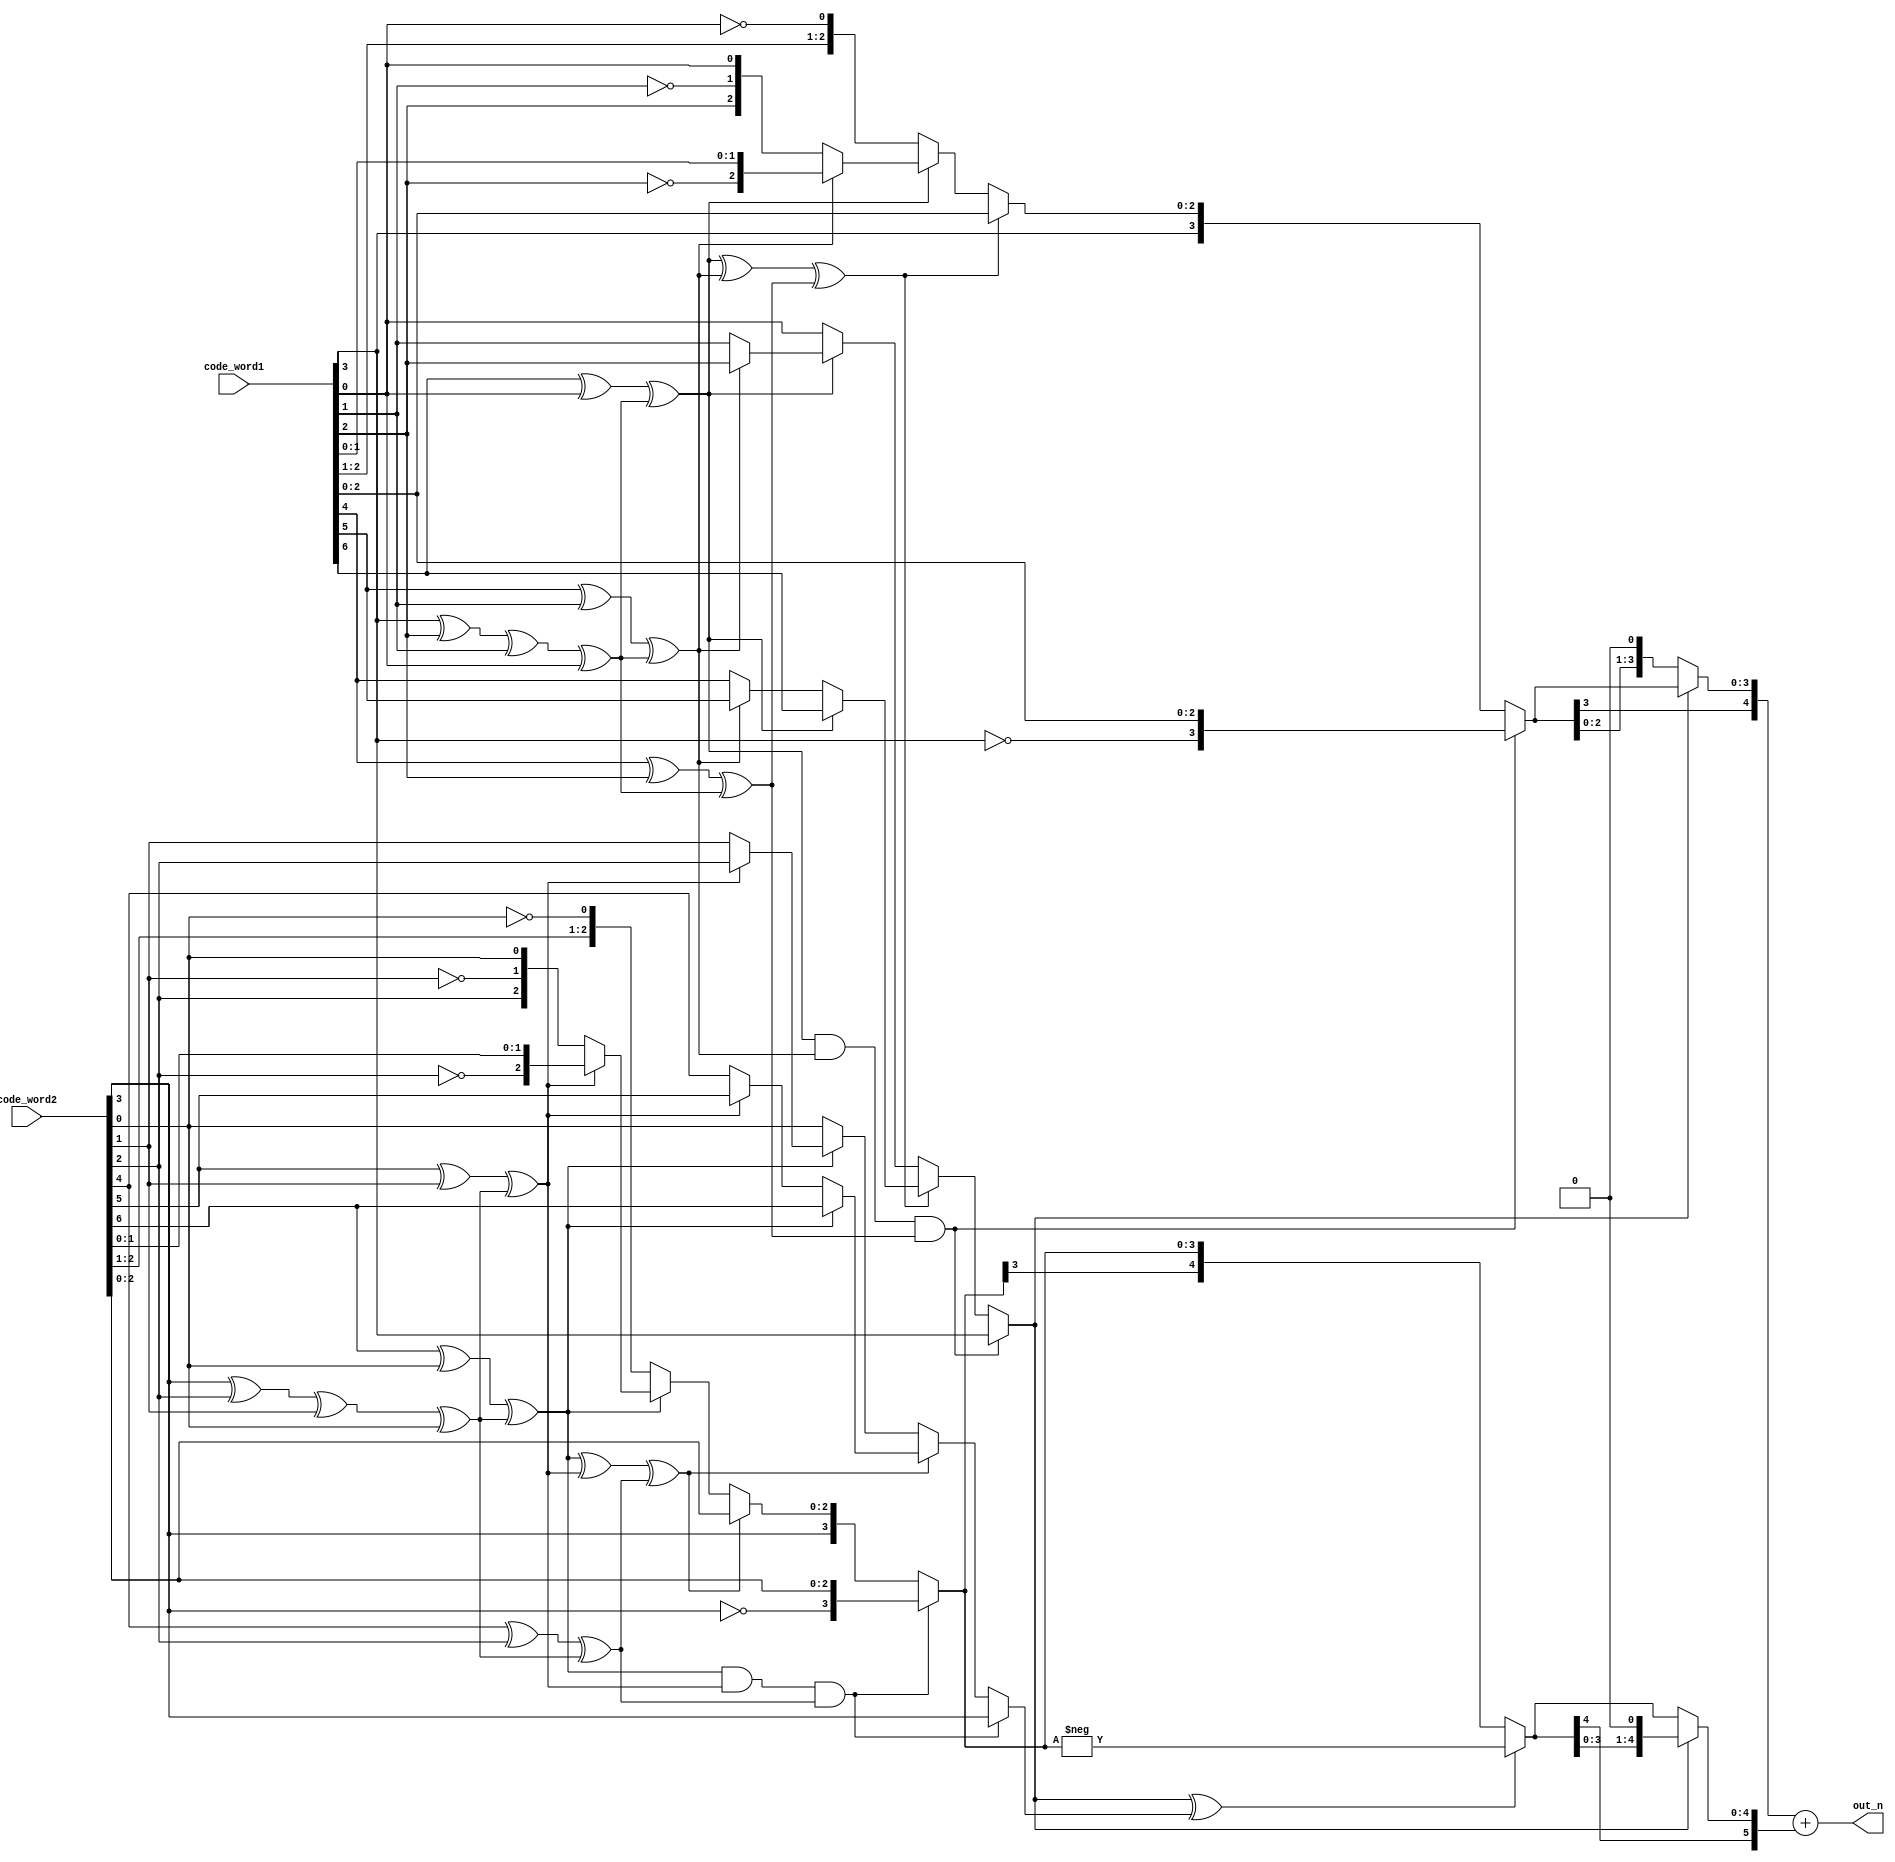
module HD(
	code_word1,
	code_word2,
	out_n
);
input  [6:0]code_word1, code_word2;
output reg signed[5:0] out_n;

wire temp1, temp2, temp3;
wire temp4, temp5, temp6;

reg code_word1_errorbit;
reg code_word2_errorbit;
reg signed [3:0] c1;
reg signed [3:0] c2;

wire signed [4:0] neg_c2 ;
wire signed [4:0] cc1;
wire signed [5:0] cc2;

// xor(temp1, code_word1[6], code_word1[3], code_word1[2], code_word1[1]);
// xor(temp2, code_word1[5], code_word1[3], code_word1[2], code_word1[0]);
// xor(temp3, code_word1[4], code_word1[3], code_word1[1], code_word1[0]);
// xor(temp4, code_word2[6], code_word2[3], code_word2[2], code_word2[1]);
// xor(temp5, code_word2[5], code_word2[3], code_word2[2], code_word2[0]);
// xor(temp6, code_word2[4], code_word2[3], code_word2[1], code_word2[0]);

wire a, b;
assign a = code_word1[3] ^ code_word1[2] ^ code_word1[1] ^code_word1[0];
assign b = code_word2[3] ^ code_word2[2] ^ code_word2[1] ^code_word2[0];

assign temp1 = code_word1[6] ^ code_word1[0] ^ a;
assign temp2 = code_word1[5] ^ code_word1[1] ^ a;
assign temp3 = code_word1[4] ^ code_word1[2] ^ a;
assign temp4 = code_word2[6] ^ code_word2[0] ^ b;
assign temp5 = code_word2[5] ^ code_word2[1] ^ b;
assign temp6 = code_word2[4] ^ code_word2[2] ^ b;

// assign temp1 = (code_word1[6] ^ code_word1[3]) ^ (code_word1[2] ^ code_word1[1]);
// assign temp2 = (code_word1[5] ^ code_word1[3]) ^ (code_word1[2] ^ code_word1[0]);
// assign temp3 = (code_word1[4] ^ code_word1[3]) ^ (code_word1[1] ^ code_word1[0]);
// assign temp4 = (code_word2[6] ^ code_word2[3]) ^ (code_word2[2] ^ code_word2[1]);
// assign temp5 = (code_word2[5] ^ code_word2[3]) ^ (code_word2[2] ^ code_word2[0]);
// assign temp6 = (code_word2[4] ^ code_word2[3]) ^ (code_word2[1] ^ code_word2[0]);

// wire and_1, and_2, xor_1, xor_2;
// assign and_1 = temp1 & temp2 & temp3;
// assign and_2 = temp4 & temp5 & temp6;
// assign xor_1 = temp1 ^ temp2 ^ temp3;
// assign xor_2 = temp4 ^ temp5 ^ temp6;

always @(*) begin
	// if(and_1)begin
	if(temp1 & temp2 & temp3)begin
		code_word1_errorbit = code_word1[3];
	// end else if (xor_1) begin
	end else if (temp1 ^ temp2 ^ temp3) begin
		if(temp1)begin
			code_word1_errorbit = code_word1[6];
		end else if (temp2)begin
			code_word1_errorbit = code_word1[5];
		end else begin
			code_word1_errorbit = code_word1[4];
		end
	end else if(!temp1)begin
		code_word1_errorbit = code_word1[0];
	end else if (!temp2) begin
		code_word1_errorbit = code_word1[1];
	end else begin
		code_word1_errorbit = code_word1[2];
	end
	// case ({temp1,temp2,temp3})
	// 	3'b011: begin
	// 		code_word1_errorbit = code_word1[0];
	// 	end
	// 	3'b101: begin
	// 		code_word1_errorbit = code_word1[1];
	// 	end
	// 	3'b110: begin
	// 		code_word1_errorbit = code_word1[2];
	// 	end
	// 	3'b111: begin
	// 		code_word1_errorbit = code_word1[3];
	// 	end
	// 	3'b001: begin
	// 		code_word1_errorbit = code_word1[4];
	// 	end
	// 	3'b010: begin
	// 		code_word1_errorbit = code_word1[5];
	// 	end
	// 	default: begin
	// 		code_word1_errorbit = code_word1[6];
	// 	end
	// endcase
end

always @(*) begin
	// if(and_1)begin
	if(temp1 & temp2 & temp3)begin
		c1 = {~code_word1[3],code_word1[2:0]};
	// end else if (xor_1) begin
	end else if (temp1 ^ temp2 ^ temp3) begin
		c1 = {code_word1[3:0]};
	end else if(!temp1)begin
		c1 = {code_word1[3:1],~code_word1[0]};
	end else if (!temp2) begin
		c1 = {code_word1[3:2],~code_word1[1],code_word1[0]};
	end else begin
		c1 = {code_word1[3],~code_word1[2],code_word1[1:0]};
	end
	// case ({temp1,temp2,temp3})
	// 	3'b011: begin
	// 		c1 = {code_word1[3:1],~code_word1[0]};
	// 	end
	// 	3'b101: begin
	// 		c1 = {code_word1[3:2],~code_word1[1],code_word1[0]};
	// 	end
	// 	3'b110: begin
	// 		c1 = {code_word1[3],~code_word1[2],code_word1[1:0]};
	// 	end
	// 	3'b111: begin
	// 		c1 = {~code_word1[3],code_word1[2:0]};
	// 	end
	// 	default:begin
	// 		c1 = {code_word1[3:0]};
	// 	end
	// endcase
end

always @(*) begin
	// if(and_2)begin
	if(temp4 & temp5 & temp6)begin
		code_word2_errorbit = code_word2[3];
	// end else if (xor_2) begin
	end else if (temp4 ^ temp5 ^ temp6) begin
		if(temp4)begin
			code_word2_errorbit = code_word2[6];
		end else if (temp5)begin
			code_word2_errorbit = code_word2[5];
		end else begin
			code_word2_errorbit = code_word2[4];
		end
	end else if(!temp4)begin
		code_word2_errorbit = code_word2[0];
	end else if (!temp5) begin
		code_word2_errorbit = code_word2[1];
	end else begin
		code_word2_errorbit = code_word2[2];
	end
	// case ({temp4,temp5,temp6})
	// 	3'b011: begin
	// 		code_word2_errorbit = code_word2[0];
	// 	end
	// 	3'b101: begin
	// 		code_word2_errorbit = code_word2[1];
	// 	end
	// 	3'b110: begin
	// 		code_word2_errorbit = code_word2[2];
	// 	end
	// 	3'b111: begin
	// 		code_word2_errorbit = code_word2[3];
	// 	end
	// 	3'b001: begin
	// 		code_word2_errorbit = code_word2[4];
	// 	end
	// 	3'b010: begin
	// 		code_word2_errorbit = code_word2[5];
	// 	end
	// 	default: begin
	// 		code_word2_errorbit = code_word2[6];
	// 	end
	// endcase
end

always @(*) begin
	// if(and_2)begin
	if(temp4 & temp5 & temp6)begin
		c2 = {~code_word2[3],code_word2[2:0]};
	// end else if (xor_2) begin
	end else if (temp4 ^ temp5 ^ temp6) begin
		c2 = {code_word2[3:0]};
	end else if(!temp4)begin
		c2 = {code_word2[3:1],~code_word2[0]};
	end else if (!temp5) begin
		c2 = {code_word2[3:2],~code_word2[1],code_word2[0]};
	end else begin
		c2 = {code_word2[3],~code_word2[2],code_word2[1:0]};
	end
	// case ({temp4,temp5,temp6})
	// 	3'b011: begin
	// 		c2 = {code_word2[3:1],~code_word2[0]};
	// 	end
	// 	3'b101: begin
	// 		c2 = {code_word2[3:2],~code_word2[1],code_word2[0]};
	// 	end
	// 	3'b110: begin
	// 		c2 = {code_word2[3],~code_word2[2],code_word2[1:0]};
	// 	end
	// 	3'b111: begin
	// 		c2 = {~code_word2[3],code_word2[2:0]};
	// 	end
	// 	default: begin
	// 		c2 = {code_word2[3:0]};
	// 	end
	// endcase
end

assign cc1 = (!code_word1_errorbit)? c1<<1: c1;
assign neg_c2 = (code_word1_errorbit^code_word2_errorbit)? -c2:c2;
assign cc2 = (code_word1_errorbit)? neg_c2<<1: neg_c2;


always @(*) begin
	out_n = cc1 + cc2;
	// if(code_word1_errorbit^code_word2_errorbit)begin
	// 	out_n = cc1 - cc2;
	// end	
	// else begin
	// 	out_n = cc1 + cc2;
	// end 	
end
endmodule